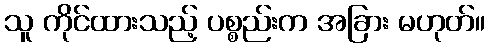
သူ ကိုင်ထားသည့် ပစ္စည်းက အခြား မဟုတ်။